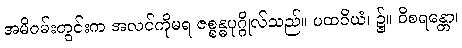
အမိဝမ်းတွင်းက အလင်ကိုမရ ဇစ္စန္ဓပုဂ္ဂိုလ်သည်။ ပထဝိယံ၊ ၌။ ဝိစရန္တော၊